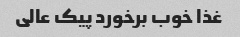
غذا خوب برخورد پیک عالی